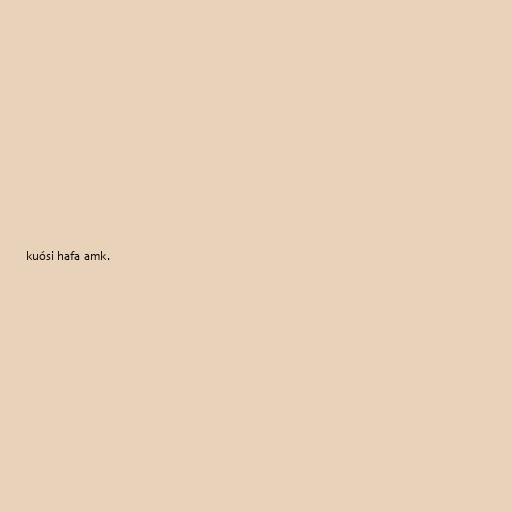
kuósi hafa amk.